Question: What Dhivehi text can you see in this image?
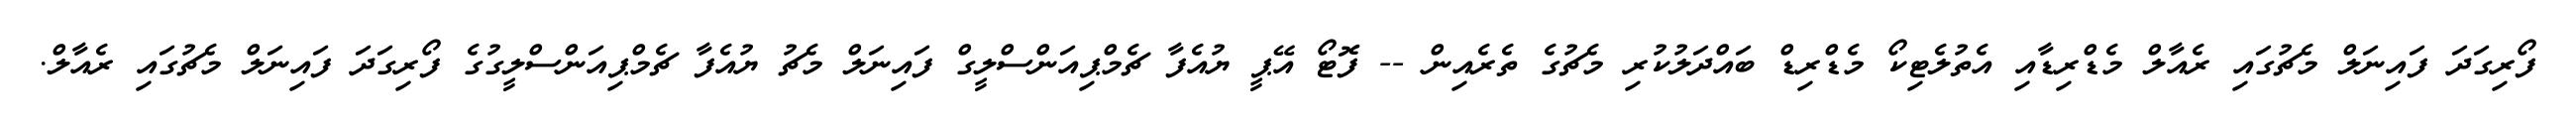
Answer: ފޯރިގަދަ ފައިނަލް މެޗުގައި ރެއާލް މެޑްރިޑާއި އެތުލެޓިކޯ މެޑްރިޑް ބައްދަލުކުރި މެޗުގެ ތެރެއިން -- ފޮޓޯ އޭޕީ ޔުއެފާ ޗެމްޕިއަންސްލީގް ފައިނަލް މެޗު ޔުއެފާ ޗެމްޕިއަންސްލީގުގެ ފޯރިގަދަ ފައިނަލް މެޗުގައި ރެއާލް.